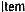
ITEM